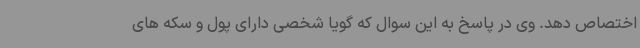
اختصاص دهد. وی در پاسخ به این سوال که گویا شخصی دارای پول و سکه های